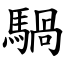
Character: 騧